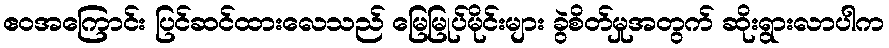
ဧဝအကြောင်း ပြင်ဆင်ထားလေသည် မြေမြုပ်မိုင်းများ ခွဲစိတ်မှုအတွက် ဆိုးရွားလာပါက